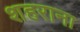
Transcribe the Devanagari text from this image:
शहराना